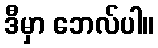
ဒီမှာ ဘေလ်ပါ။